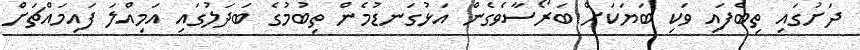
ދަށުގައި ތިބެފައި ވަކި ބަޔަކަށް ބަރޯސާވެގެން އަޅުގަނޑުމެން ތިބުމުގެ ބަދަލުގައި އަމިއްލަ ފައިމައްޗަށް